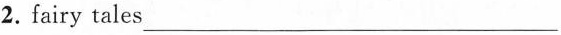
2. fairy tales ___